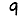
Digit: 9